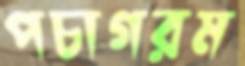
পচাগরম